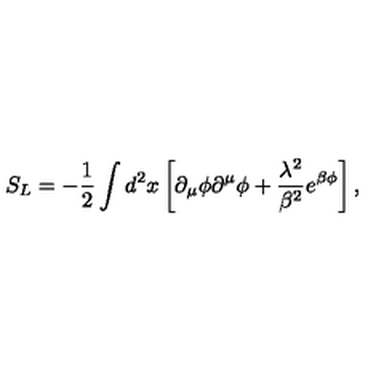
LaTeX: S _ { L } = - { \frac { 1 } { 2 } } \int d ^ { 2 } x \left[ \partial _ { \mu } \phi \partial ^ { \mu } \phi + { \frac { \lambda ^ { 2 } } { \beta ^ { 2 } } } e ^ { \beta \phi } \right] ,